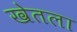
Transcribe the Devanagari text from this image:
खेतला